Code of medical and sanitary regulations for the guidance of medical officers serving in the Madras Presidency - Volume I
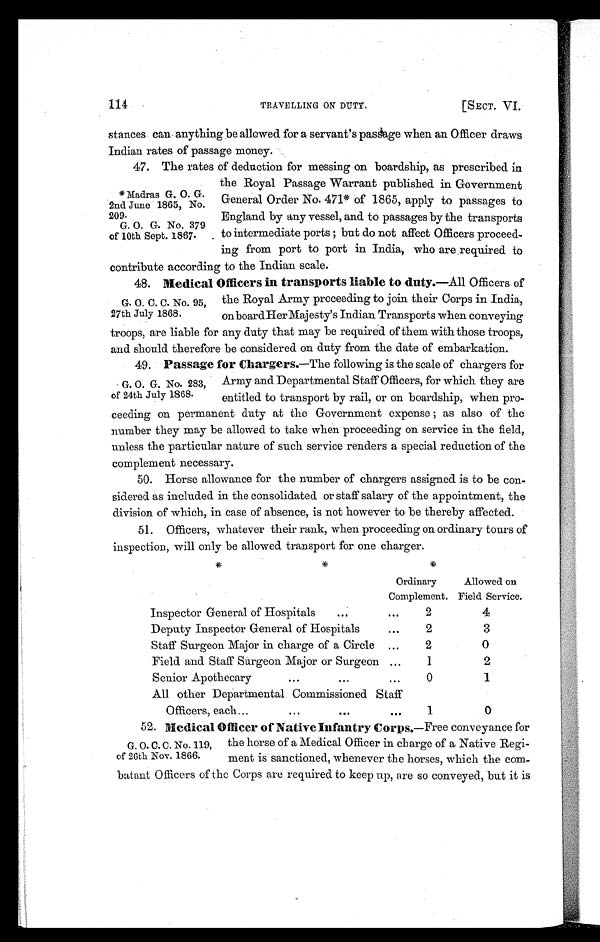
114
TRAVELLING ON DUTY. [SECT. VI.
stances cane anything be allowed for a servant's pasge when an Officer draws
Indian rates of passage money.
47. The rates of deduction for messing on boardship, as prescribed in
the Royal Passage Warrant published in Government
*Madras G. O. G
2nd June 1865, No. General Order No. 471* of 1865, apply to passages to
209. England by any vessel, and to passages by the transports
G. O. G. No. 379
of 10th Sept. 1867. to intermediate ports ; but do not affect Officers proceed-
ing from port to port in India, who are required to
contribute according to the Indian scale.
48.
Medical Officers in transports liable to duty .—All Officers of
G. O. C. C. No. 95, the Royal Army proceeding to join their Corps in India,
27th July 1868. onboardHer Majesty's Indian Transports when conveying
troops, are liable for any duty that may be required of them with those troops,
and should therefore be considered on duty from the date of embarkation.
49.
Passage for Chargers .—The following is the scale of chargers for
G. O. G. No. 283, Army and Departmental Staff Officers, for which they are
of 24th July 1868. entitled to transport by rail, or on boardship, when pro
-ceeding on permanent duty at the Government expense ; as also of the
number they may be allowed to take when proceeding on service in the field,
unless the particular nature of such service renders a special reduction of the
complement necessary.
50. Horse allowance for the number of chargers assigned is to be con
-sidered as included in the consolidated or staff salary of the appointment, the
division of which, in case of absence, is not however to be thereby affected.
51. Officers, whatever their rank, when proceeding on ordinary tours of
inspection, will only be allowed transport for one charger.
Ordinary
Complement.
Allowed on
Field Service.
Inspector General of Hospitals
...
2
4
Deputy Inspector General of Hospitals
2
3
Staff Surgeon Major in charge of a Circle ...
2
0
Field and Staff Surgeon Major or Surgeon ...
1
2
Senior Apothecary
• • •
.•.
...
0
1
All other Departmental Commissioned Staff
Officers, each...
...
1
0
1.
52.
Medical Officer of Native Infantry Corps .—Free conveyance for
G. O. C. C. No. 119, the horse of a Medical Officer in charge of a Native
of 26th Nov. 1866. ment is sanctioned, whenever the horses, which the com-
batant Officers of the Corps are required to keep up, are so conveyed, but it is